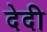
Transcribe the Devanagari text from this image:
देदी